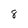
Character: 8